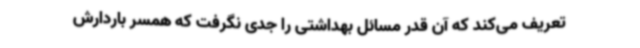
تعریف می‌کند که آن قدر مسائل بهداشتی را جدی نگرفت که همسر باردارش